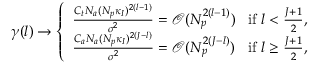
\begin{array} { r } { { \gamma } ( l ) \rightarrow \left\{ \begin{array} { l l } { \frac { C _ { t } N _ { a } ( N _ { p } \kappa _ { I } ) ^ { 2 ( l - 1 ) } } { \sigma ^ { 2 } } = \mathcal { O } ( N _ { p } ^ { 2 ( l - 1 ) } ) } & { \! { \mathrm { i f } ~ } l < \frac { J + 1 } { 2 } , } \\ { \frac { C _ { a } N _ { a } ( N _ { p } \kappa _ { I } ) ^ { 2 ( J - l ) } } { \sigma ^ { 2 } } = \mathcal { O } ( N _ { p } ^ { 2 ( J - l ) } ) } & { \! { \mathrm { i f } ~ } l \geq \frac { J + 1 } { 2 } , } \end{array} \right. } \end{array}